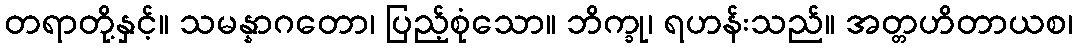
တရာတို့နှင့်။ သမန္နာဂတော၊ ပြည့်စုံသော။ ဘိက္ခု၊ ရဟန်းသည်။ အတ္တဟိတာယစ၊